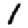
Digit: 1